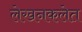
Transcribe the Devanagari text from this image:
लेखनकलेत